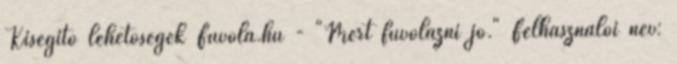
Kisegítő lehetőségek Fuvola.hu - "Mert fuvolázni jó." Felhasználói név: